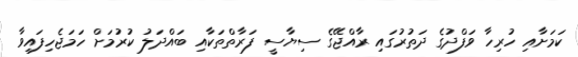
ކަމަށާއި ހުރިހާ ވަފްދުގެ ދަތުރުގައި ރާއްޖޭގެ ސިޔާސީ ފަރާތްތަކާއި ބައްދަލު ކުރުމަށް ހަމަޖެހިފައިވާ